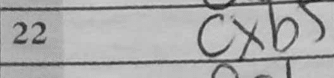
Transcription: cxb5